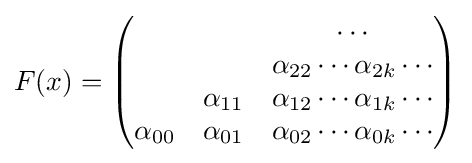
F(x)={\begin{pmatrix}\ &\ &\cdots \\\ &\ &\alpha _{22}\cdots \alpha _{2k}\cdots \\\ &\alpha _{11}&\alpha _{12}\cdots \alpha _{1k}\cdots \\\alpha _{00}&\alpha _{01}&\alpha _{02}\cdots \alpha _{0k}\cdots \end{pmatrix}}